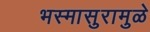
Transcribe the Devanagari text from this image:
भस्मासुरामुळे